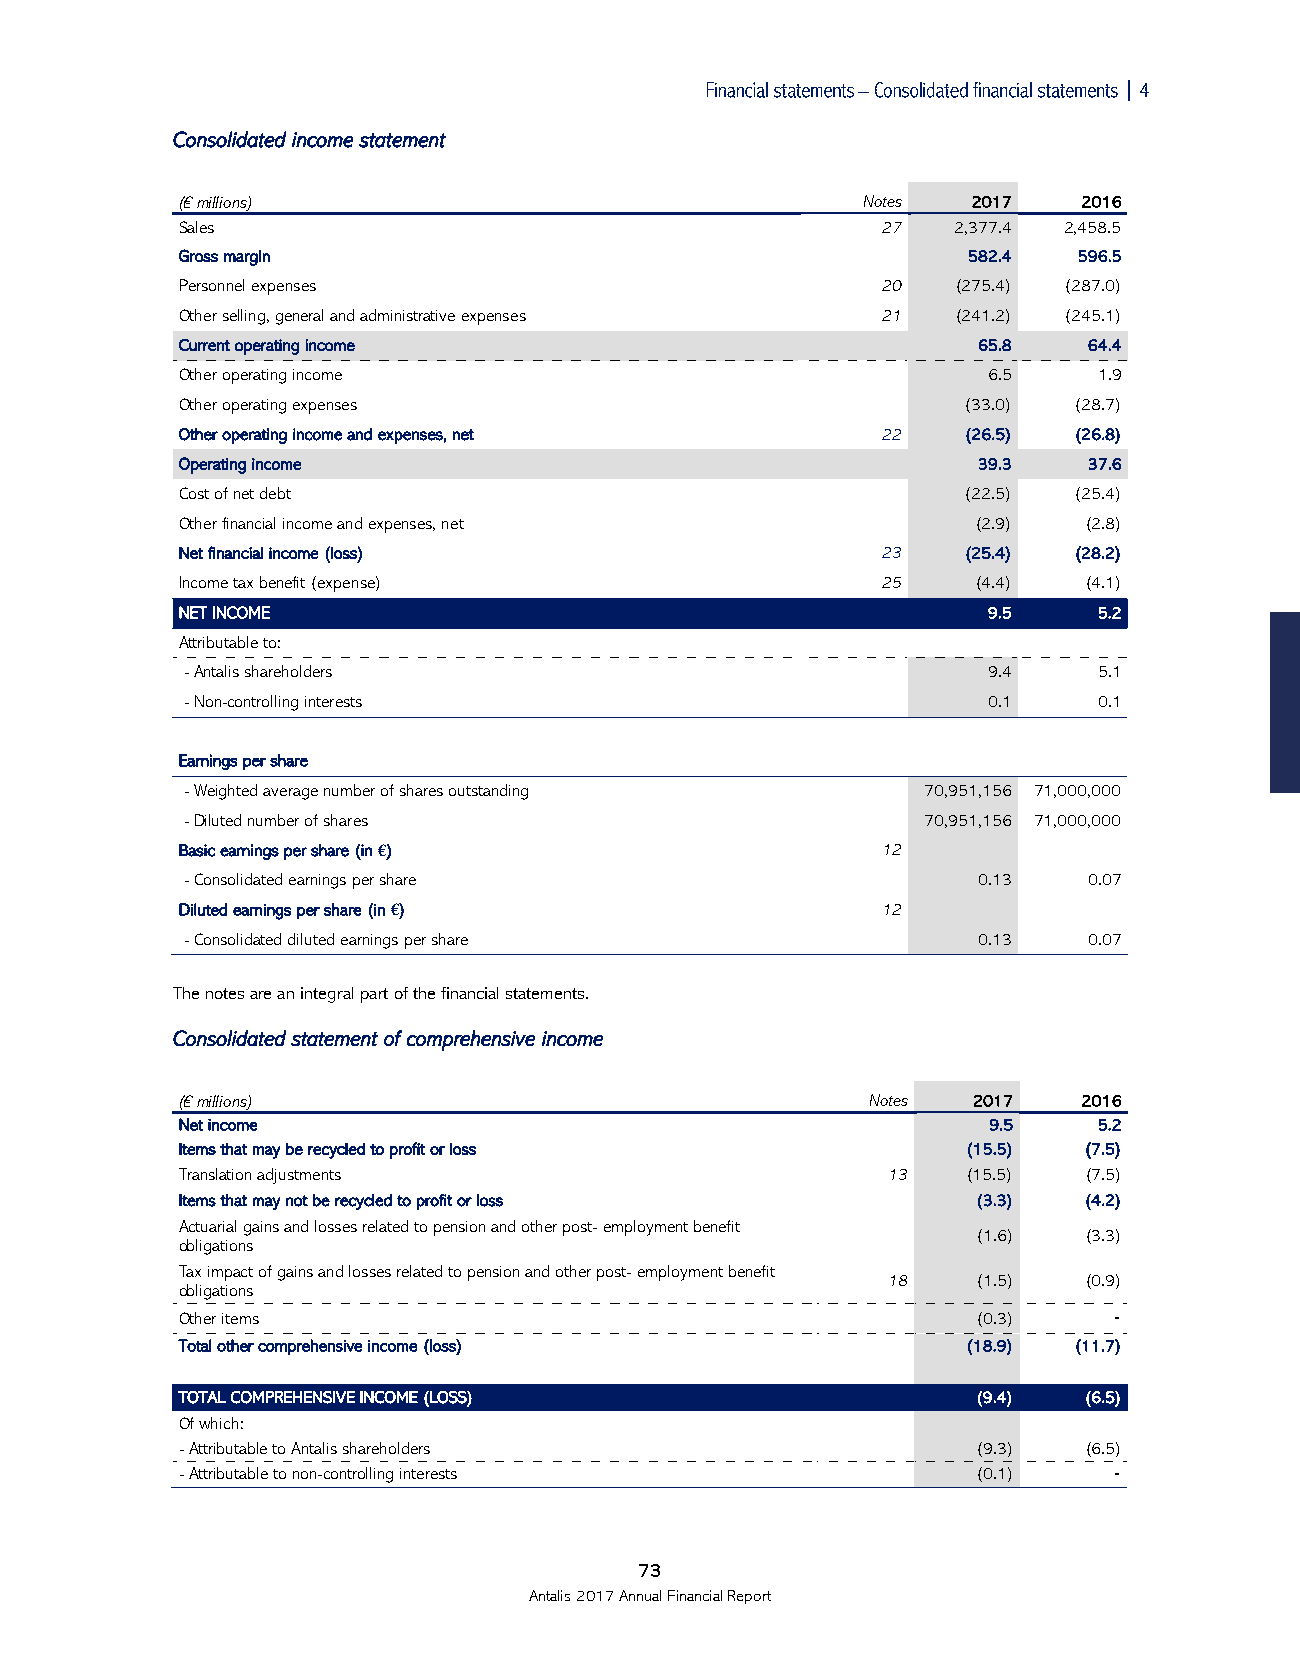

 Consolidated income statement
 (€ millions)                                 Notes  2017    2016
 Sales                                         27   2,377.4 2,458.5
 Gross margin                                        582.4  596.5
 Personnel expenses                            20   (275.4) (287.0)
 Other selling, general and administrative expenses 21 (241.2) (245.1)
 Current operating income                             65.8   64.4
 Other operating income                               6.5     1.9
 Other operating expenses                            (33.0) (28.7)
 Other operating income and expenses, net      22    (26.5) (26.8)
 Operating income                                     39.3   37.6
 Cost of net debt                                    (22.5) (25.4)
 Other financial income and expenses, net            (2.9)   (2.8)
 Net financial income (loss)                   23    (25.4) (28.2)
 Income tax benefit (expense)                  25    (4.4)   (4.1)
 NET INCOME                                           9.5     5.2
 Attributable to:
 - Antalis shareholders                               9.4     5.1
 - Non-controlling interests                          0.1     0.1
 Earnings per share
 - Weighted average number of shares outstanding  70,951,156 71,000,000
 - Diluted number of shares                       70,951,156 71,000,000
 Basic earnings per share (in €)               12
 - Consolidated earnings per share                    0.13   0.07
 Diluted earnings per share (in €)             12
 - Consolidated diluted earnings per share            0.13   0.07
 The notes are an integral part of the financial statements.
 Consolidated statement of comprehensive income
 (€ millions)                                  Notes 2017    2016
 Net income                                           9.5     5.2
 Items that may be recycled to profit or loss        (15.5)  (7.5)
 Translation adjustments                        13   (15.5)  (7.5)
 Items that may not be recycled to profit or loss     (3.3)  (4.2)
 Actuarial gains and losses related to pension and other post-employment benefit
 (1.6)  (3.3)
 obligations
 Tax impact of gains and losses related to pension and other post-employment benefit
 18    (1.5)  (0.9)
 obligations
 Other items                                          (0.3)    ‑
 Total other comprehensive income (loss)             (18.9) (11.7)
 TOTAL COMPREHENSIVE INCOME (LOSS)                    (9.4)  (6.5)
 Of which:
 - Attributable to Antalis shareholders               (9.3)  (6.5)
 - Attributable to non-controlling interests          (0.1)    ‑
 73
 Antalis 2017 Annual Financial Report